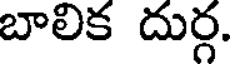
బాలిక దుర్గ.